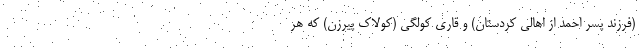
(فرزند پسر احمد از اهالی کردستان) و قاری کولگی (کولاک پیرزن) که هر